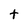
Character: t